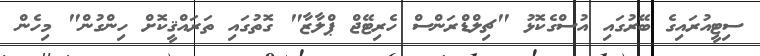
ސިޓީއުރައިގެ ބޭރުގައި އުސްގެކޮޅު "ޗިލްޑްރަންސް ހެރިޓޭޖް ޕްލާޒާ" ގޮތުގައި ތަރައްޤީކޮށް ހިންގުން" މިހެން